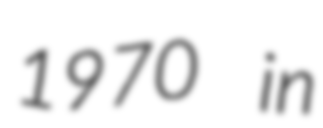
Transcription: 1970 in